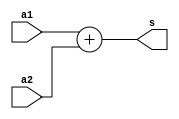
module add_8(a1, a2, s);
input [3:0] a1, a2;
output wire [4:0] s;

assign s = a1 + a2;

endmodule